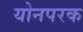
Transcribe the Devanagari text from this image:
योनपरक